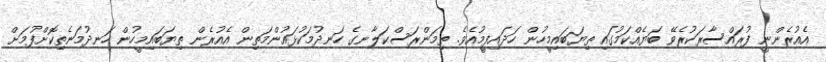
އެއުރެންނީ ފުރައްސާރަކުރެވޭ ބަޔެއްކަމުގައި ތިޔަބައިމީހުން ހަދައިފީމުއެވެ. ތިމަންރަސްކަލާނގެ ހަނދުމަކުޅައުންމަތިން އެއުރެން ތިޔަބައިމީހުން ހަނދުމަނެތިކޮށްފުމަށް